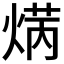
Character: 𤋲